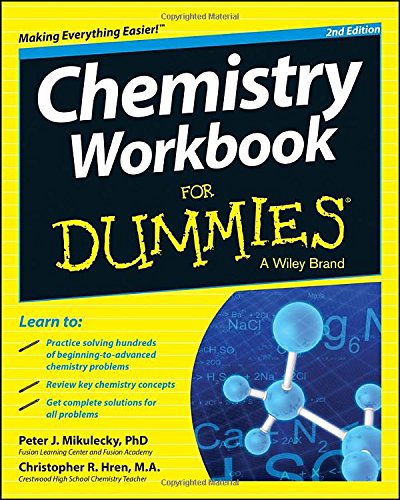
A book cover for Chemistry Workbook For Dummies; Peter J. Mikulecky; Science & Math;